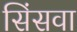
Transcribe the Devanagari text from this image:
सिंसवा